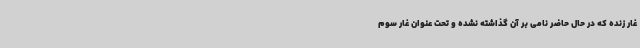
غار زنده که در حال حاضر نامی بر آن گذاشته نشده و تحت عنوان غار سوم